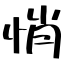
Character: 悄